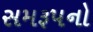
સમરૂપનો